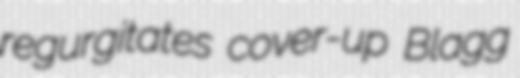
regurgitates cover-up Blagg